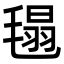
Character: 㲩